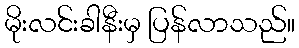
မိုးလင်းခါနီးမှ ပြန်လာသည်။